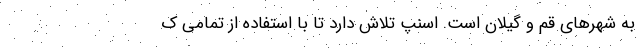
به شهرهای قم و گیلان است. اسنپ تلاش دارد تا با استفاده از تمامی ک